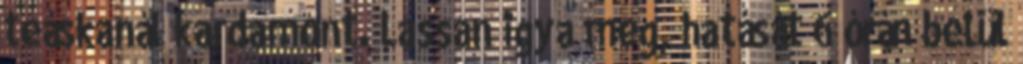
teáskanál kardamont. Lassan igya meg, hatását 6 órán belül